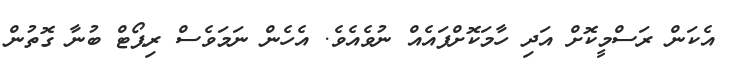
އެކަން ރަސްމީކޮށް އަދި ހާމަކޮށްފައެއް ނުވެއެވެ. އެހެން ނަމަވެސް ރިޕޯޓް ބުނާ ގޮތުން